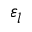
\varepsilon _ { l }